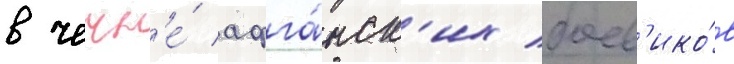
в чечн'е́ афга́нск'их боев'ико́в